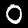
Digit: 0